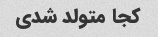
کجا متولد شدی